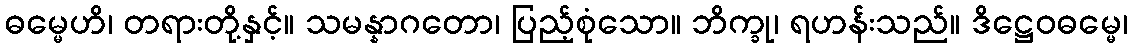
ဓမ္မေဟိ၊ တရားတို့နှင့်။ သမန္နာဂတော၊ ပြည့်စုံသော။ ဘိက္ခု၊ ရဟန်းသည်။ ဒိဋ္ဌေဝဓမ္မေ၊